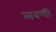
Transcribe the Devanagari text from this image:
लवणी